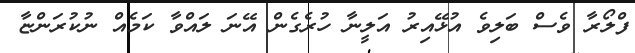
ފްލޯރާ ވެސް ބަލިވެ އުޅޭއިރު އަލީނާ ހުރެގެން އޭނަ ލައްވާ ކަމެއް ނުކުރަންޏާ